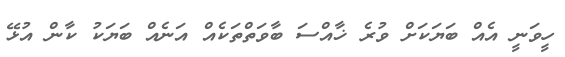
ހީވަނީ އެއް ބަޔަކަށް ވުރެ ޚާއްސަ ބާވަތްތަކެއް އަނެއް ބަޔަކު ކާން އުޅޭ